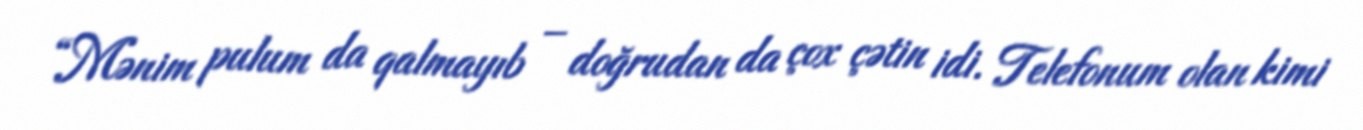
“Mənim pulum da qalmayıb – doğrudan da çox çətin idi. Telefonum olan kimi